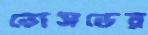
ভোসডের